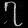
Digit: ၇